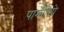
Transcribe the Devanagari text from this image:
पार्मेंतिये